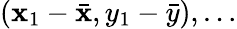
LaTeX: (\mathbf{x}_{1}-{\bar{{\mathbf{x}}}},y_{1}-{\bar{{y}}}),\dots